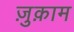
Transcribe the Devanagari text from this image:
ज़ुक़ाम